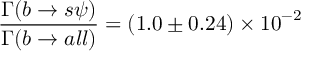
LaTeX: \frac { \Gamma ( b \rightarrow s \psi ) } { \Gamma ( b \rightarrow a l l ) } = ( 1 . 0 \pm 0 . 2 4 ) \times { 1 0 } ^ { - 2 }